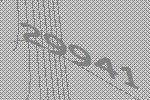
29941